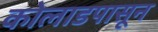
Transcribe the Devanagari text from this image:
कोलाडपासून